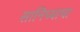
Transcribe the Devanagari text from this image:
सानिध्याचा